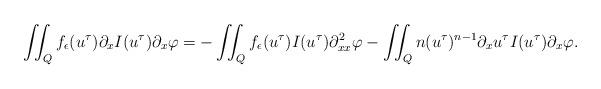
LaTeX: \begin{align*} \iint_Q f_\epsilon(u^\tau) \partial_x I(u^\tau) \partial_x \varphi = -\iint_Q f_\epsilon(u^\tau) I(u^\tau) \partial^2_{xx} \varphi - \iint_Q n (u^\tau)^{n-1} \partial_x u^\tau I(u^\tau) \partial_x \varphi .\end{align*}